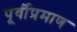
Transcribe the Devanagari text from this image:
पूर्वीप्रमाण